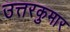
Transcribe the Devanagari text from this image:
उत्तरकुमार